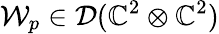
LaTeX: \mathcal{W}_{p}\in\mathcal{D}(\mathbb{C}^{2}\otimes\mathbb{C}^{2})